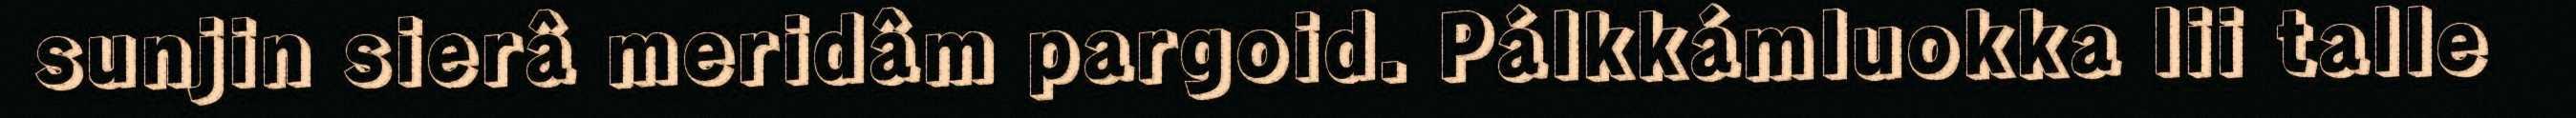
sunjin sierâ meridâm pargoid. Pálkkámluokka lii talle